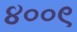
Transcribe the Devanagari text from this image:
४००९